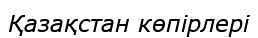
Қазақстан көпірлері